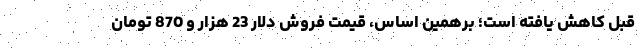
قبل کاهش یافته است؛ برهمین اساس، قیمت فروش دلار 23 هزار و 870 تومان